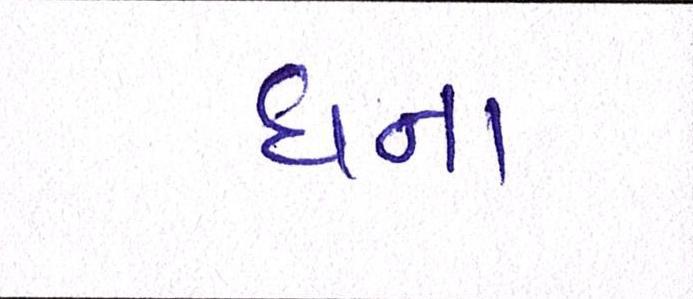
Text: ઘના